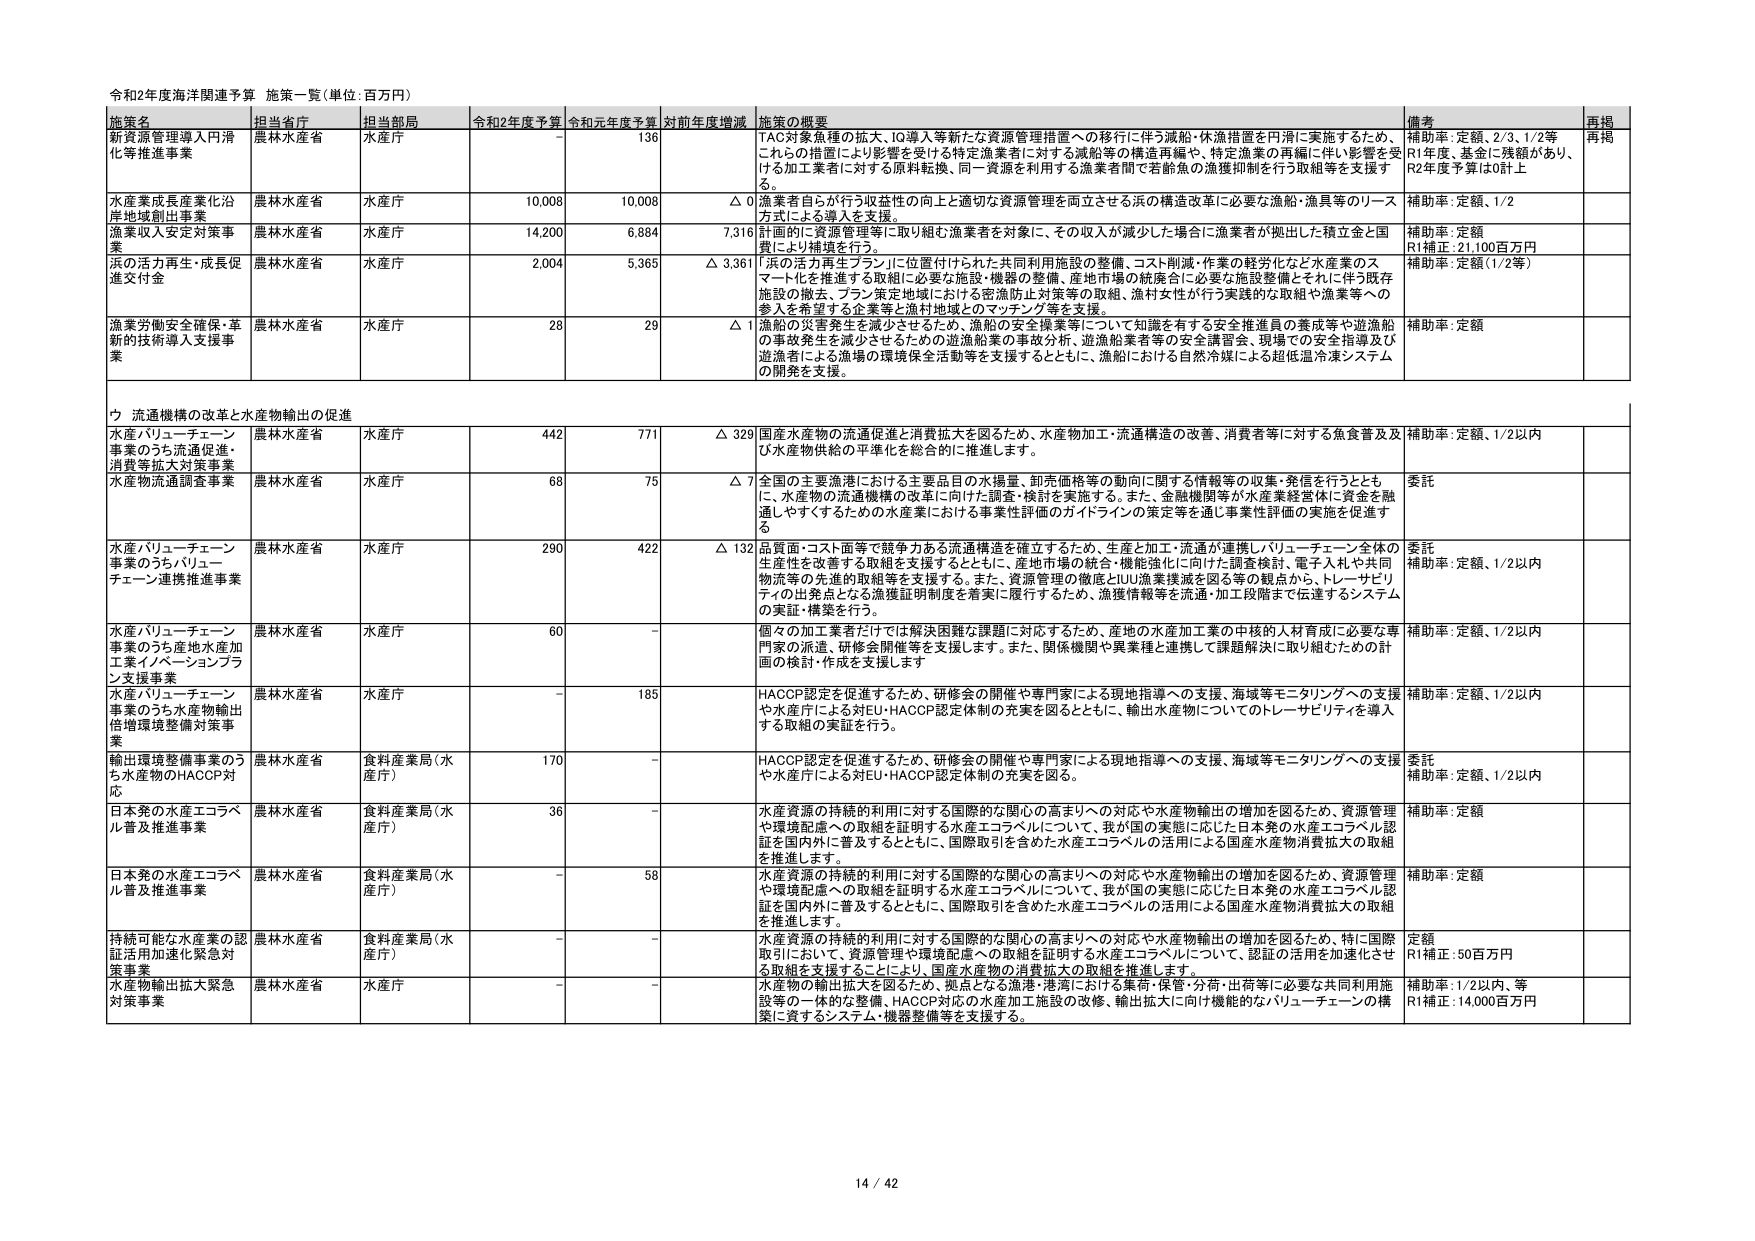
令和2年度海洋関連予算 施策一覧（単位：百万円）

施策名 担当省庁 担当部局 令和2年度予算 令和元年度予算 対前年度増減 施策の概要 備考 再掲
新資源管理導入円滑化等推進事業 農林水産省 水産庁 - 136 TAC対象魚種の拡大、IQ導入等新たな資源管理措置への移行に伴う減船・休漁措置を円滑に実施するため、これからの措置により影響を受ける特定漁業者に対する減船等の構造再編や、特定漁業の再編に伴い影響を受ける加工業者に対する原料転換、同一資源を利用する漁業者間で若鯨魚の漁獲抑制を行う取組等を支援する。 補助率：定額、2/3、1/2等 R1年度、基金に残額があり、R2年度予算は0計上 再掲
水産業成長産業化沿岸地域創出事業 農林水産省 水産庁 10,008 10,008 △ 0 漁業者自らが行う収益性の向上と適切な資源管理を両立させる浜の構造改革に必要な漁船・漁具等のリース方式による導入を支援。 補助率：定額、1/2
漁業収入安定対策事業 農林水産省 水産庁 14,200 6,884 7,316 計画的に資源管理等に取り組む漁業者を対象に、その収入が減少した場合に漁業者が拠出した積立金と国費により補填を行う。 補助率：定額 R1補正：21,100百万円
浜の活力再生・成長促進交付金 農林水産省 水産庁 2,004 5,365 △ 3,361 「浜の活力再生プラン」に位置付けられた共同利用施設の整備、コスト削減・作業の軽労化など水産業のスマート化を推進する取組に必要な施設・機器の整備、産地市場の統廃合に必要な施設整備とそれに伴う既存施設の撤去、プラン策定地域における密漁防止対策等の取組、漁村女性が行う実践的な取組や漁業等への参入を希望する企業等と漁村地域とのマッチング等を支援。 補助率：定額（1/2等）
漁業労働安全確保・革新的技術導入支援事業 農林水産省 水産庁 28 29 △ 1 漁船の災害発生を減少させるため、漁船の安全操業等について知識を有する安全推進員の養成等や遊漁船の事故発生を減少させるための遊漁船業の事故分析、遊漁船業者等の安全講習会、現場での安全指導及び遊漁者による漁船の環境保全活動等を支援するとともに、漁船における自然冷媒による超低温冷凍システムの開発を支援。 補助率：定額

ウ 流通機構の改革と水産物輸出の促進
水産バリューチェーン事業のうち流通促進・消費等拡大対策事業 農林水産省 水産庁 442 771 △ 329 国産水産物の流通促進と消費拡大を図るため、水産物加工・流通構造の改善、消費者等に対する魚食普及及び水産物供給の平準化を総合的に推進します。 補助率：定額、1/2以内
水産物流通調査事業 農林水産省 水産庁 68 75 △ 7 全国の主要漁港における主要品目の水揚量、卸売価格等の動向に関する情報等の収集・発信を行うとともに、水産物の流通機構の改革に向けた調査・検討を実施する。また、金融機関等が水産業経営体に資金を融通しやすくするための水産業における事業性評価のガイドラインの策定等を通じ事業性評価の実施を促進する。 委託
水産バリューチェーン事業のうちバリューチェーン連携推進事業 農林水産省 水産庁 290 422 △ 132 品質面・コスト面等で競争力ある流通構造を確立するため、生産と加工・流通が連携しバリューチェーン全体の生産性を改善する取組を支援するとともに、産地市場の統合・機能強化に向けた調査検討、電子入札や共同物流等の先進的取組等を支援する。また、資源管理の徹底とIUU漁業撲滅を図る等の観点から、トレーサビリティの出発点となる漁獲証明制度を着実に履行するため、漁獲情報等を流通・加工段階まで伝達するシステムの実証・構築を行う。 委託 補助率：定額、1/2以内
水産バリューチェーン事業のうち産地水産加工業イノベーションプラン支援事業 農林水産省 水産庁 60 - 個々の加工業者だけでは解決困難な課題に対応するため、産地の水産加工業の中核的人材育成に必要な専門家の派遣、研修会開催等を支援します。また、関係機関や異業種と連携して課題解決に取り組むための計画の検討・作成を支援します。 補助率：定額、1/2以内
水産バリューチェーン事業のうち水産物輸出倍増環境整備対策事業 農林水産省 水産庁 - 185 HACCP認定を促進するため、研修会の開催や専門家による現地指導への支援、海域等モニタリングへの支援や水産庁による対EU・HACCP認定体制の充実を図るとともに、輸出水産物についてのトレーサビリティを導入する取組の実証を行う。 補助率：定額、1/2以内
輸出環境整備事業のうち水産物のHACCP対応 農林水産省 食料産業局（水産庁） 170 - HACCP認定を促進するため、研修会の開催や専門家による現地指導への支援、海域等モニタリングへの支援や水産庁による対EU・HACCP認定体制の充実を図る。 委託 補助率：定額、1/2以内
日本発の水産エコラベル普及推進事業 農林水産省 食料産業局（水産庁） 36 - 水産資源の持続的利用に対する国際的な関心の高まりへの対応や水産物輸出の増加を図るため、資源管理や環境配慮への取組を証明する水産エコラベルについて、我が国の実態に応じた日本発の水産エコラベル認証を国内外に普及するとともに、国際取引を含めた水産エコラベルの活用による国産水産物消費拡大の取組を推進します。 補助率：定額
日本発の水産エコラベル普及推進事業 農林水産省 食料産業局（水産庁） - 58 水産資源の持続的利用に対する国際的な関心の高まりへの対応や水産物輸出の増加を図るため、資源管理や環境配慮への取組を証明する水産エコラベルについて、我が国の実態に応じた日本発の水産エコラベル認証を国内外に普及するとともに、国際取引を含めた水産エコラベルの活用による国産水産物消費拡大の取組を推進します。 補助率：定額
持続可能な水産業の認証活用加速化緊急対策事業 農林水産省 食料産業局（水産庁） - - 水産資源の持続的利用に対する国際的な関心の高まりへの対応や水産物輸出の増加を図るため、特に国際取引において、資源管理や環境配慮への取組を証明する水産エコラベルについて、認証の活用を加速化させる取組を支援するとともに、国産水産物の消費拡大の取組を推進します。 定額 R1補正：50百万円
水産物輸出拡大緊急対策事業 農林水産省 水産庁 - - 水産物の輸出拡大を図るため、拠点となる漁港・港湾における集荷・保管・分荷・出荷等に必要な共用利用施設等の一体的な整備、HACCP対応の水産加工施設の改設、輸出拡大に向け機能的なバリューチェーンの構築に資するシステム・機器整備等を支援する。 補助率：1/2以内、等 R1補正：14,000百万円

14 / 42